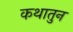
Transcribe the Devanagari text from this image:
कथातुन